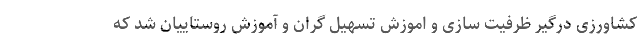
کشاورزی درگیر ظرفیت سازی و اموزش تسهیل گران و آموزش روستاییان شد که